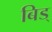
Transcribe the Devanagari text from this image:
बिड्